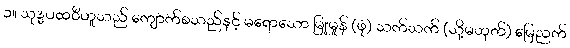
၁။ သုဒ္ဓပထဝီဟူသည် ကျောက်စသည်နှင့် မရောသော မြူမှုန် (ဖုံ) သက်သက် (သို့မဟုတ်) မြေညက်